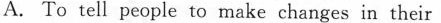
A. To tell people to make changes in their